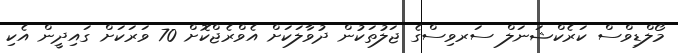
މޯލްޑިވްސް ކަރެކްޝަނަލް ސަރވިސްގެ ޖަލުތަކުން ދުވާލަކަށް އެވްރެޖްކޮށް 70 ވަރަކަށް ގައިދީން އެކި